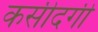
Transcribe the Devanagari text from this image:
कसीदगी